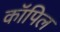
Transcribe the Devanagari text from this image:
कॉपिल